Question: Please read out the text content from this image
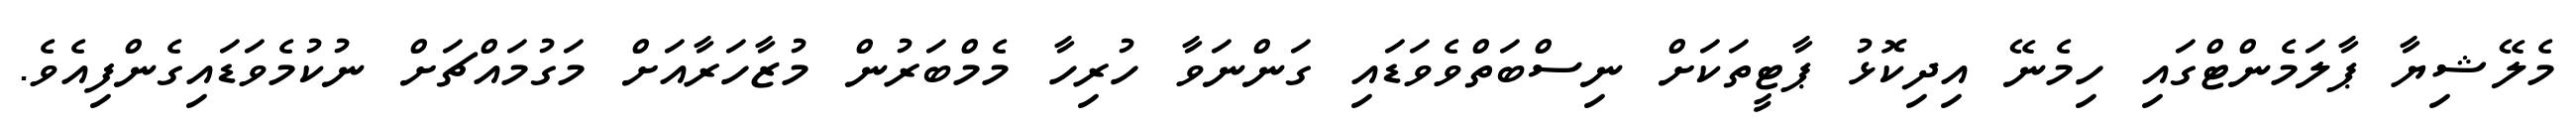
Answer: މެލޭޝިޔާ ޕާލަމެންޓްގައި ހިމެނޭ އިދިކޮޅު ޕާޓީތަކަށް ނިސްބަތްވެވަޑައި ގަންނަވާ ހުރިހާ މެމްބަރުން މުޒާހަރާއަށް މަގުމައްޗަށް ނުކުމެވަޑައިގެންފިއެވެ.